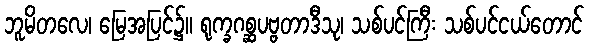
ဘူမိတလေ၊ မြေအပြင်၌။ ရုက္ခဂစ္ဆပဗ္ဗတာဒီသု၊ သစ်ပင်ကြီး သစ်ပင်ငယ်တောင်